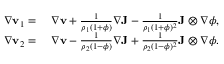
\begin{array} { r l } { \nabla \mathbf { v } _ { 1 } = } & { ~ \nabla \mathbf { v } + \frac { 1 } { \rho _ { 1 } ( 1 + \phi ) } \nabla \mathbf { J } - \frac { 1 } { \rho _ { 1 } ( 1 + \phi ) ^ { 2 } } \mathbf { J } \otimes \nabla \phi , } \\ { \nabla \mathbf { v } _ { 2 } = } & { ~ \nabla \mathbf { v } - \frac { 1 } { \rho _ { 2 } ( 1 - \phi ) } \nabla \mathbf { J } + \frac { 1 } { \rho _ { 2 } ( 1 - \phi ) ^ { 2 } } \mathbf { J } \otimes \nabla \phi . } \end{array}